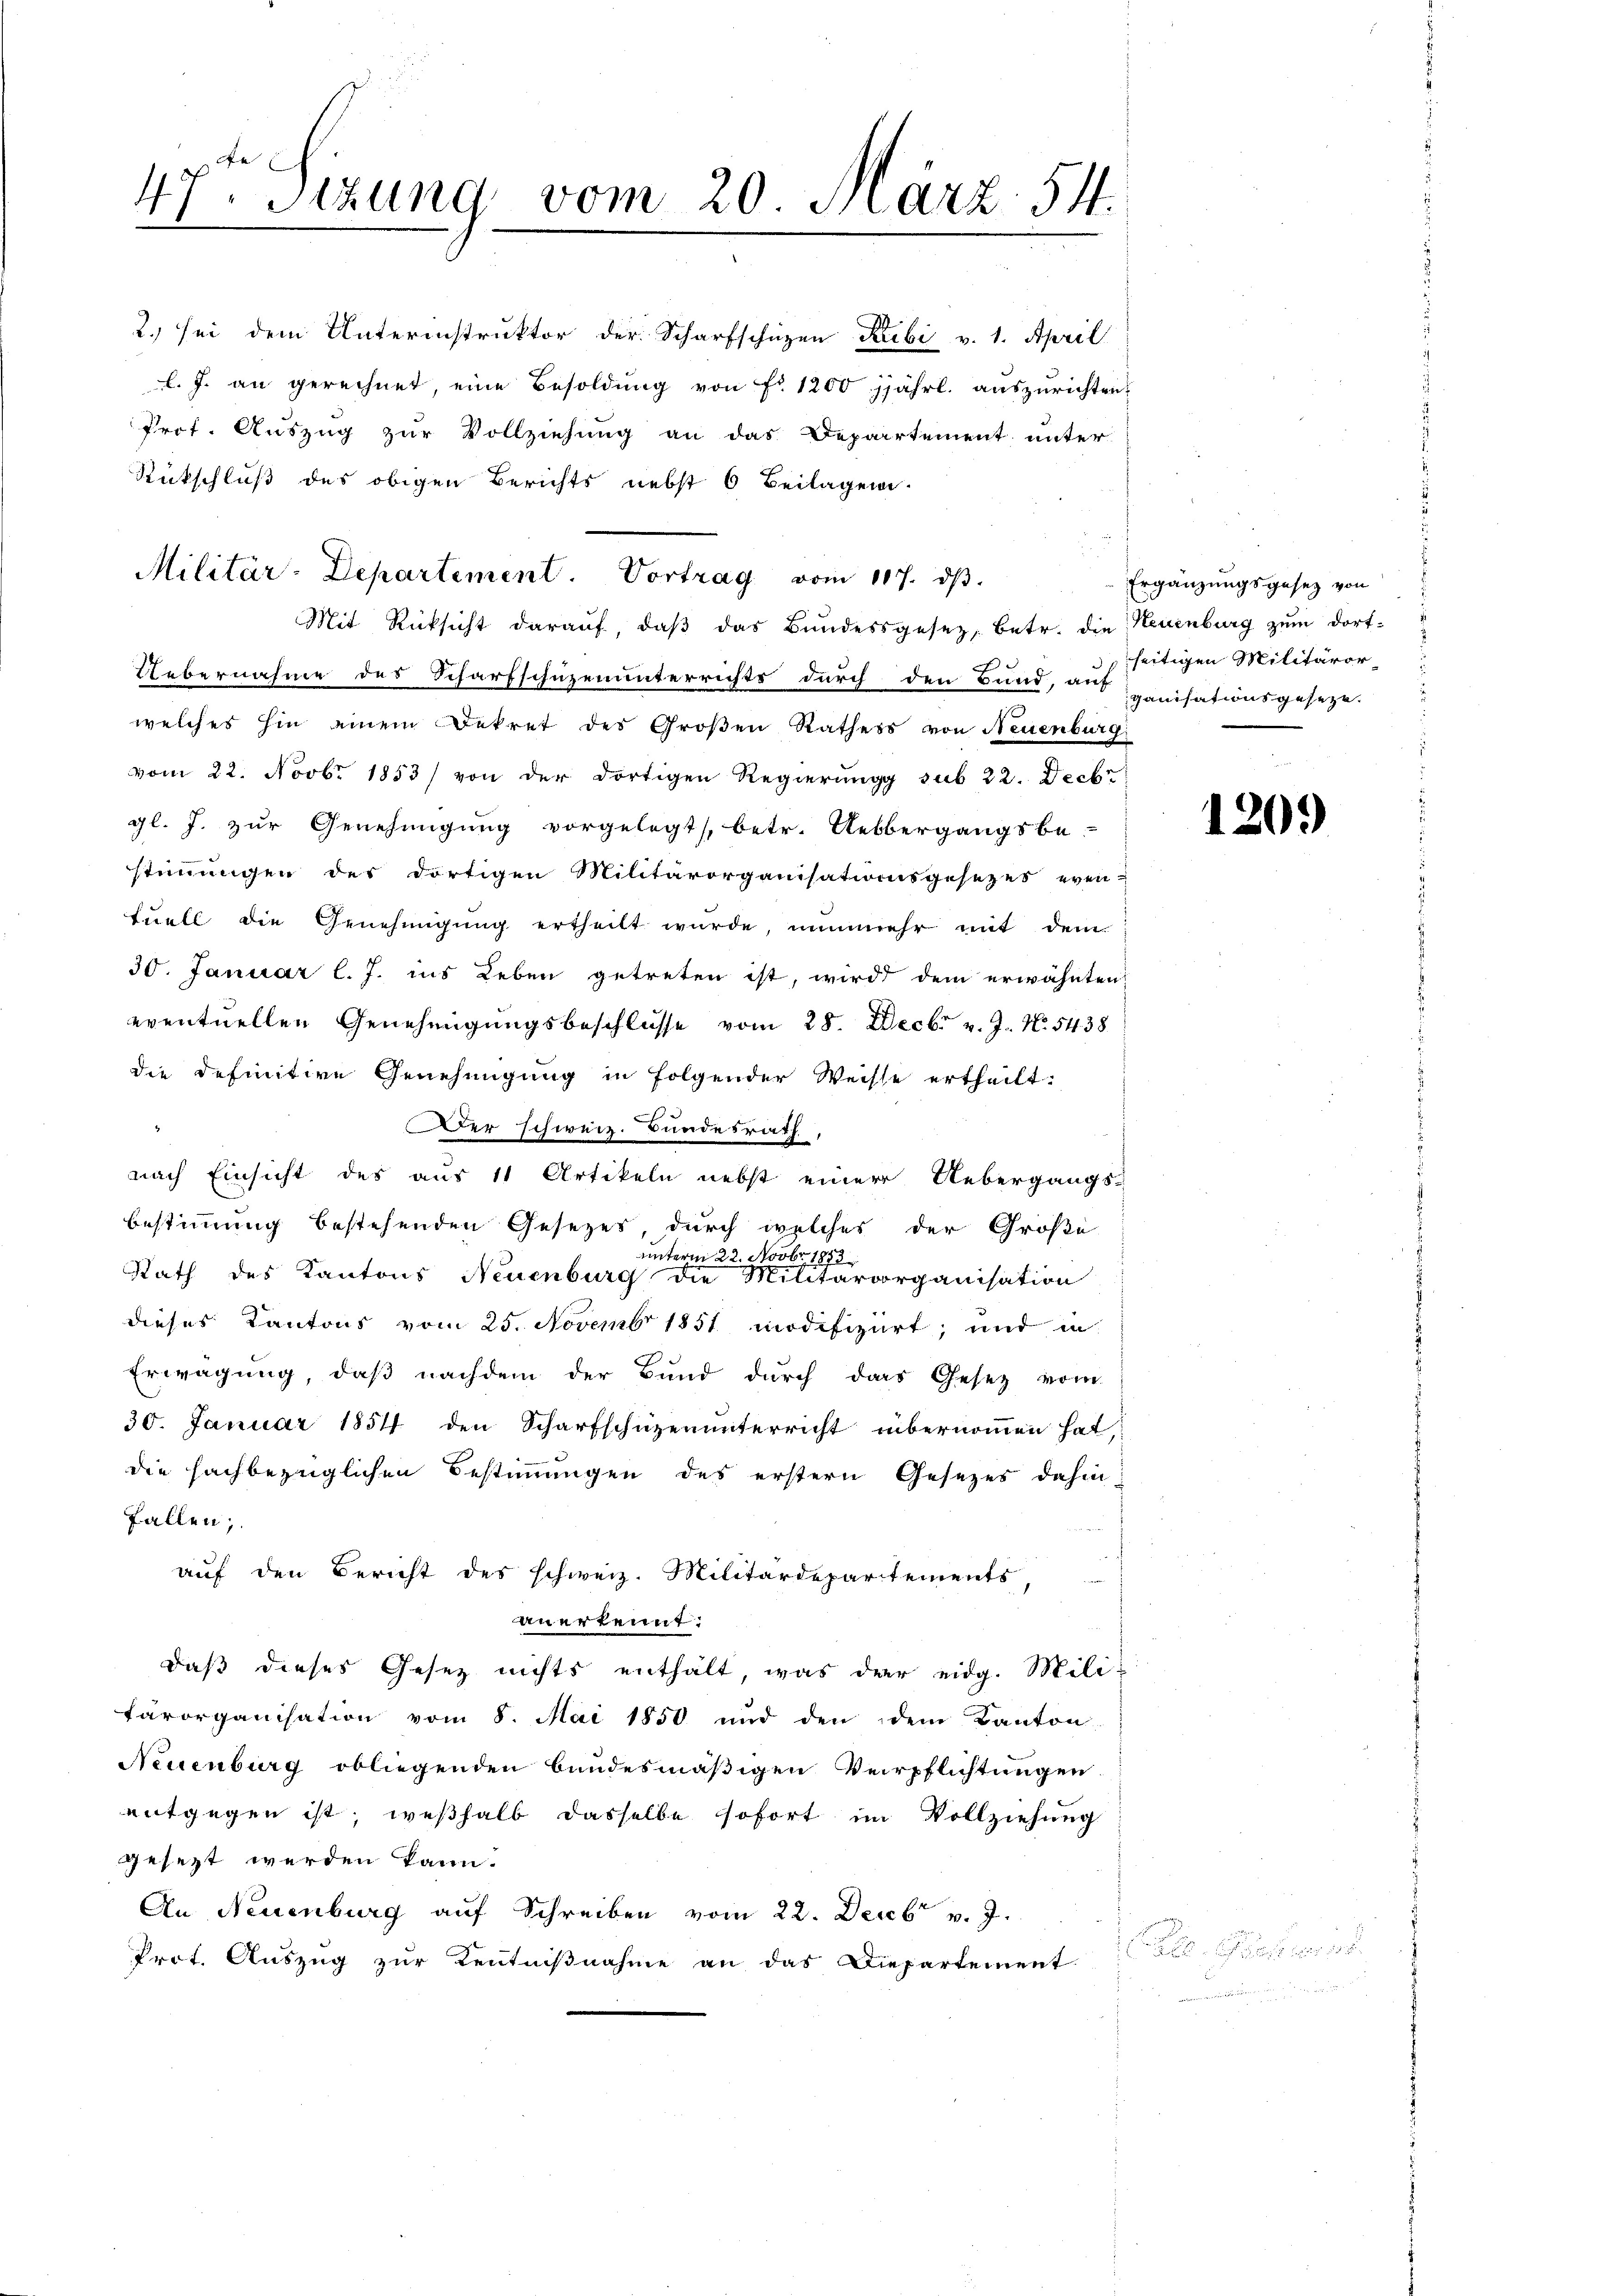
47ten Sizung vom 20. März 54.
e

2.) sei dem Unterinstruktor der Scharfschüzen Rubi v. 1. April
l. J. an gerechnet, eine Besoldung von Fr. 1200 jährl. auszurichten.
Prof. Auszug zur Vollziehung an das Departement unter
Rückschluß des obigen Berichts nebst 6 Beilagen.
Mit Rücksicht darauf, daβ das Bundessgesetz, betr. die Neuenburg zum dort¬
Uebernahme des Scharfschüzenunterrichts durch den Bund, auf panisationsgeseze
welches hin einem Dekret des Großen Rathess von Neuenburg
vom 22. Novbr. 1853) von der dortigen Regierung sub 22. Decbr
gl. J. zur Genehmigung vorgelegt, betr. Uebergangsbe-
stimmungen des dortigen Militärorganisationsgesezes even-
tuell die Genehmigung ertheilt wurde, nunmehr mit dem
30. Januar l. J. ins Leben getreten ist, wird dem erwähnten
eventuellen Genehmigungsbeschlüsse vom 28. Decbr v. J. No. 5438.
die definitive Genehmigung in folgender Weisse ertheilt.
Der schweiz. Bundesrath,
nach Einsicht des aus 11 Artikeln nebst einer Uebergangs-
Bestimmung bestehenden Gesetzes, durch welches der Große
unterm 22. Novbr. 1883
Rath des Kantons Neuenburg die Militärorganisation
dieses Kantons vom 25. Novembr 1851 modifiziert; und in
Erwägung, daß nachdem der Bund durch das Gesetz vom
30. Januar 1854 den Scharfschüzenunterricht übernommen hat,
die fachbezüglichen Bestimmungen des erstern Gesetzes dahin:
Fallen;
auf den Bericht des schweiz. Militärdepartements,
anerkennt:
daß dieses Gesetz nichts enthält, was der eidg. Mili-
tärorganisation vom 8. Mai 1850 und den dem Kanton
Neuenburg obliegenden bundesmäßigen Verpflichtungen
entgegen ist, weßhalb dasselbe sofort im Vollziehung
gesezt werden kann.
An Neuenburg auf Schreiben vom 22. Decbr v. J.
Prot. Auszug zur Zentnißnahme an das Diepartement

Militär-Departement. Vortrag vom 107. dβ.

Ergänzungsgesez von
seitigen Militäror

1209